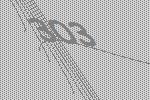
303